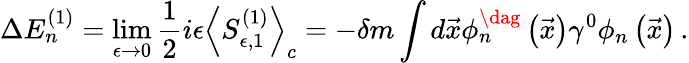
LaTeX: \Delta E_{n}^{(1)}=\operatorname*{lim}_{\epsilon\rightarrow 0}\frac{1}{2}i\epsilon\left<S_{\epsilon,1}^{(1)}\right>_{c}=-\delta m\int d\vec{x}\phi_{n}^{\dag}\left(\vec{x}\right)\gamma^{0}\phi_{n}\left(\vec{x}\right)\, .